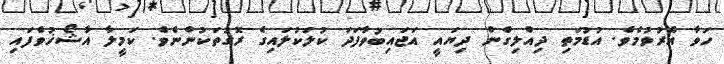
ހަވާ އެރުވުމެވެ. އުޑުމަތި ދިއްލިގެން ދިޔައީ އަޖައިބުވާފަދަ ކުލަކުލައިގެ ރޮގުތަކުންނެވެ. ކަމީލާ އާޝޯޚުވެފައި